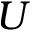
U